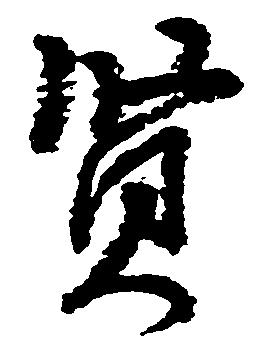
賢